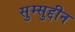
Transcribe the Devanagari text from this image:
सुम्सुद्दीन